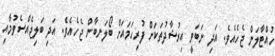
ހުއްޓާލަން ޖެހެއެވެ. އަދި ނަބަވީ އިރުޝާދުތަކަށް ފުރިހަމައަށް ބޯލަނބާން ޖެހެއެވެ. އަދި ބަލިޖެއްސެވުމާއި